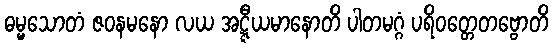
ဓမ္မသောတံ ဇဝနမနော လယ အဋ္ဋီယမာနောတိ ပါတမဂ္ဂံ ပရိဝတ္တေတဗ္ဗောတိ